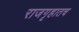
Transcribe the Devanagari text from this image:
राजगृहातच